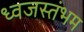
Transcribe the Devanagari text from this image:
ध्‍वजस्‍तंभम